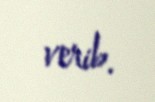
verib.